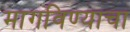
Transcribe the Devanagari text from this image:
मागविण्याचा